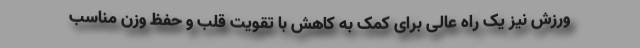
ورزش نیز یک راه عالی برای کمک به کاهش با تقویت قلب و حفظ وزن مناسب